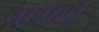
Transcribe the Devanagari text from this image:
बुल्फ़र्ट